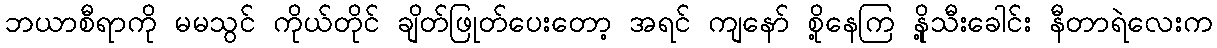
ဘယာစီရာကို မမသွင် ကိုယ်တိုင် ချိတ်ဖြုတ်ပေးတော့ အရင် ကျနော် စို့နေကြ နို့သီးခေါင်း နီတာရဲလေးက